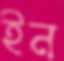
ইন